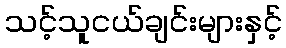
သင့်သူငယ်ချင်းများနှင့်